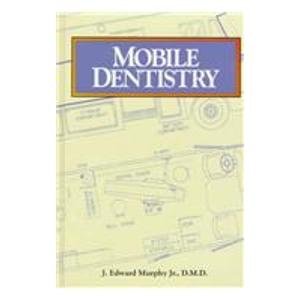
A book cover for Mobile Dentistry; J. Edward, Jr. Murphy; Medical Books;